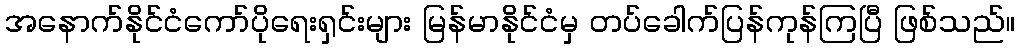
အနောက်နိုင်ငံကော်ပိုရေးရှင်းများ မြန်မာနိုင်ငံမှ တပ်ခေါက်ပြန်ကုန်ကြပြီ ဖြစ်သည်။